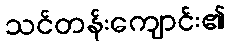
သင်တန်းကျောင်း၏